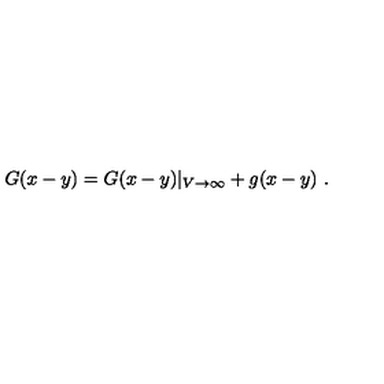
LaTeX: G ( x - y ) = G ( x - y ) \vert _ { V \to \infty } + g ( x - y ) \ .